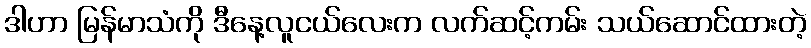
ဒါဟာ မြန်မာသံကို ဒီနေ့လူငယ်လေးက လက်ဆင့်ကမ်း သယ်ဆောင်ထားတဲ့